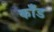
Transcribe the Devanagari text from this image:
काँड